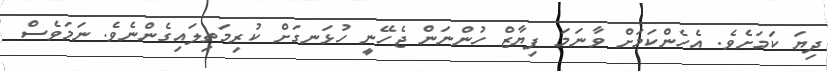
ދިޔަ ކަމަށެވެ. އެހެންކަމަށް ވާނަމަ ފިޔާޒް ހުންނަން ޖެހޭނީ ހުޅަނގަށް ކުރިމަތިލައިގެންނެވެ. ނަމަވެސް